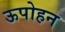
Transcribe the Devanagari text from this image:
ऊपोहन